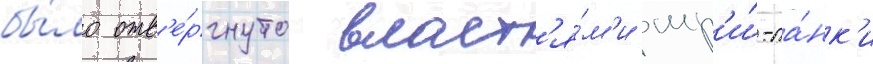
бы́ло отв'е́ргнуто власт'я́м'и шр'и́-ла́нк'и